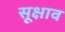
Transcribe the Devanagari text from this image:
सूक्षाव